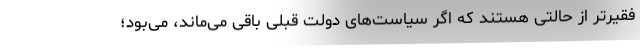
فقیرتر از حالتی هستند که اگر سیاست‌های دولت قبلی باقی می‌ماند، می‌بود؛